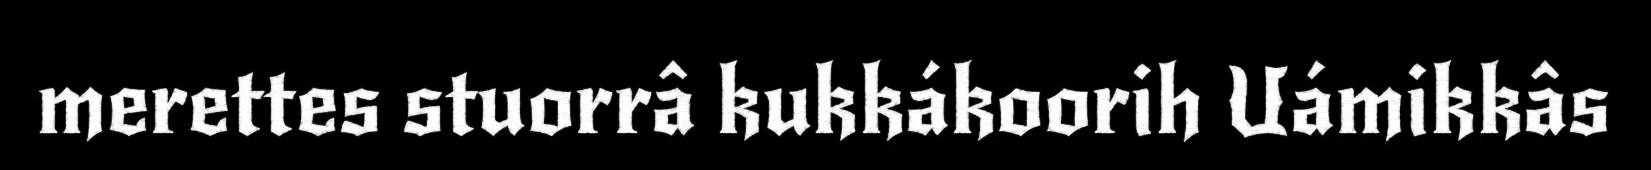
merettes stuorrâ kukkákoorih Uámikkâs